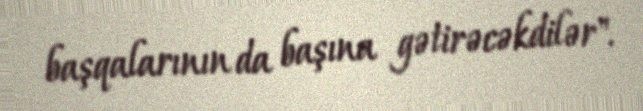
başqalarının da başına gətirəcəkdilər".